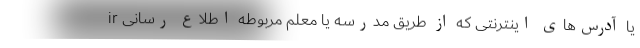
ir یا آدرس‌های اینترنتی که از طریق مدرسه یا معلم مربوطه اطلاع ‌رسانی